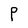
Character: P